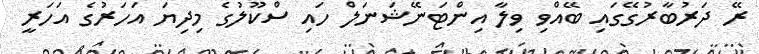
ރޭ ދަރުބާރުގޭގައި ބޭއްވި ވިލާ އިންޓަނޭޝަނަލް ހައި ސްކޫލުގެ މިދިޔަ އަހަރުގެ އަހަރީ